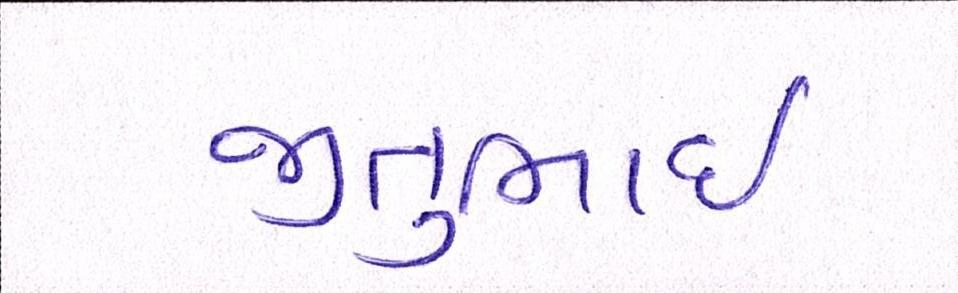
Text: જીતુભાઈ